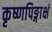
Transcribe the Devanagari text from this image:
कृष्णपिङ्गाक्षं